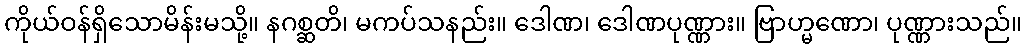
ကိုယ်ဝန်ရှိသောမိန်းမသို့။ နဂစ္ဆတိ၊ မကပ်သနည်း။ ဒေါဏ၊ ဒေါဏပုဏ္ဏား။ ဗြာဟ္မဏော၊ ပုဏ္ဏားသည်။